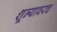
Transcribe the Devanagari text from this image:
शून्यावरच